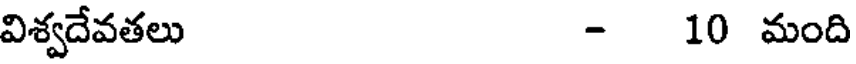
విశ్వదేవతలు - 10 మంది